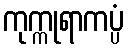
ကုက္ကုရာကပ္ပံ